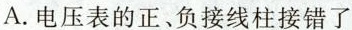
A.电压表的正、负接线柱接错了